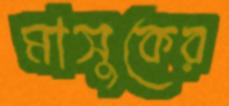
মাসুকের